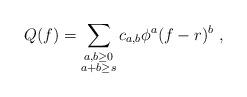
LaTeX: \begin{align*} Q(f) = \sum_{\substack{a,b \geq 0 \\ a + b \geq s}} c_{a,b}\phi^a(f - r)^b \ , \end{align*}